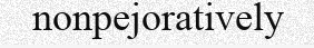
nonpejoratively